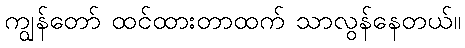
ကျွန်တော် ထင်ထားတာထက် သာလွန်နေတယ်။